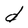
Character: d